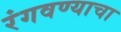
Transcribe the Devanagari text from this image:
रंगवण्याचा